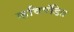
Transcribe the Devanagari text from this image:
कविपंडित